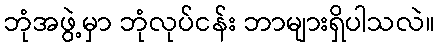
ဘုံအဖွဲ့မှာ ဘုံလုပ်ငန်း ဘာများရှိပါသလဲ။